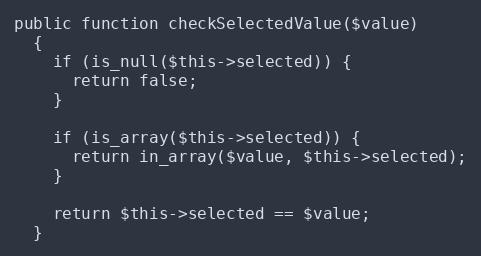
Language: PHP
public function checkSelectedValue($value)
  {
    if (is_null($this->selected)) {
      return false;
    }

    if (is_array($this->selected)) {
      return in_array($value, $this->selected);
    }

    return $this->selected == $value;
  }